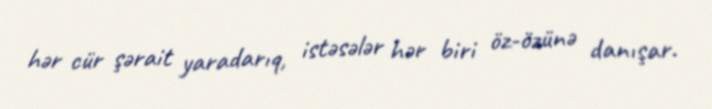
hər cür şərait yaradarıq, istəsələr hər biri öz-özünə danışar.